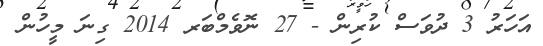
އަހަރު 3 ދުވަސް ކުރިން - 27 ނޮވެމްބަރ 2014 ގިނަ މީހުން